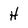
Character: H